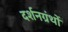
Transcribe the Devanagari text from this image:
दर्शनग्रंथों